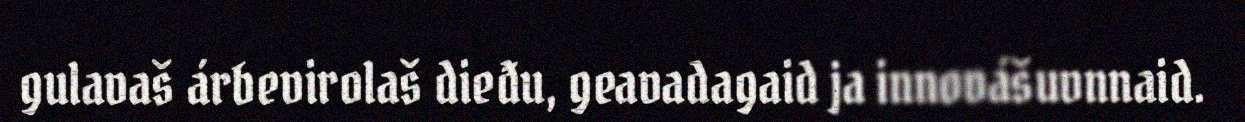
gulavaš árbevirolaš dieđu, geavadagaid ja innovášuvnnaid.